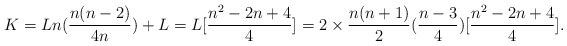
\begin{align*}K=Ln(\frac{n(n-2)}{4n})+L=L[\frac{n^{2}-2n+4}{4}]=2\times \frac{n(n+1)}{2}(\frac{n-3}{4})[\frac{n^{2}-2n+4}{4}].\end{align*}